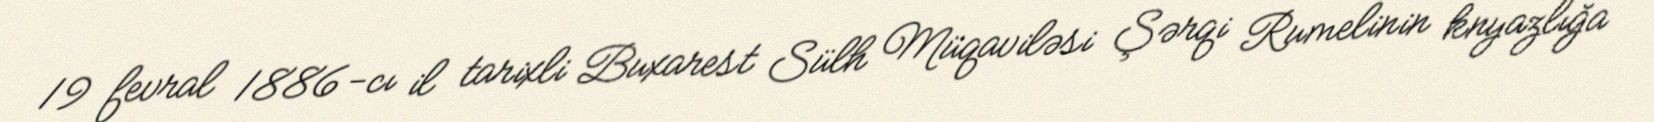
19 fevral 1886-cı il tarixli Buxarest Sülh Müqaviləsi Şərqi Rumelinin knyazlığa